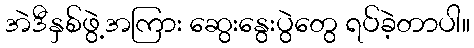
အဲဒီနှစ်ဖွဲ့အကြား ဆွေးနွေးပွဲတွေ ရပ်ခဲ့တာပါ။